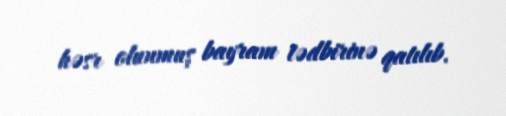
həsr olunmuş bayram tədbirinə qatılıb.